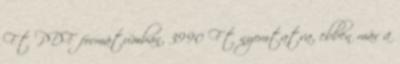
Ft PDF formátumban, 3990 Ft nyomtatva, ebben már a